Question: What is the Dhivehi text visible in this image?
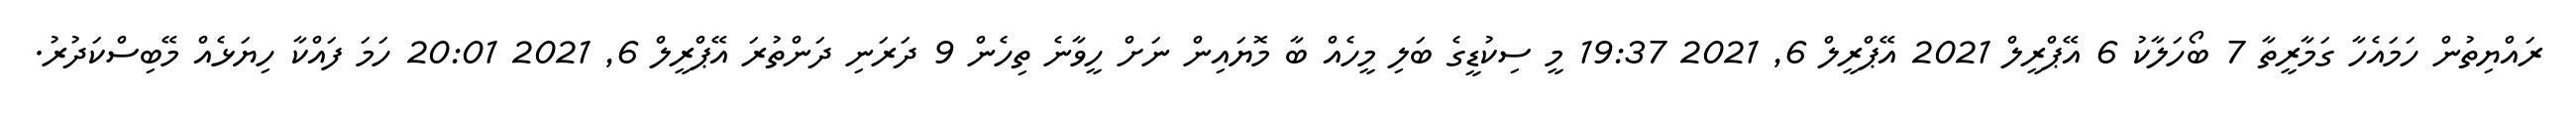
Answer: ރައްޔިތުން ހަމައެހާ ގަމާރީތާ 7 ބޯހަލާކު 6 އޭޕްރީލް 2021 އޭޕްރީލް 6, 2021 19:37 މީ ސިކުޑީގެ ބަލި މީހެއް ބާ މޮޔައިން ނަށް ހީވާނެ ތިހެން 9 ދަރަނި ދަންތުރަ އޭޕްރީލް 6, 2021 20:01 ހަމަ ފައްކާ ހިޔަޅެއް މޭބިސްކަދުރު.